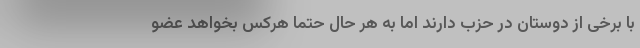
با برخی از دوستان در حزب دارند اما به هر حال حتما هرکس بخواهد عضو